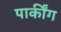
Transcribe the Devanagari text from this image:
पार्कींग